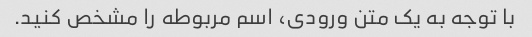
با توجه به یک متن ورودی، اسم مربوطه را مشخص کنید.